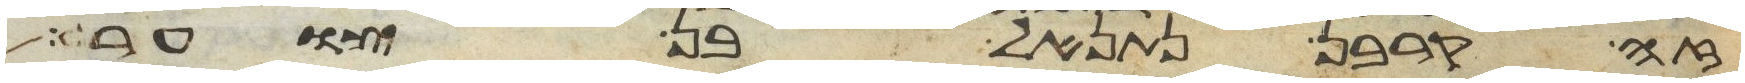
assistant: זה קרבן נתנאל בן צוער